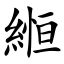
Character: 縆